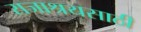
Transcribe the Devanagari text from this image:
राजाश्रयसाठी